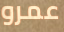
عمرو